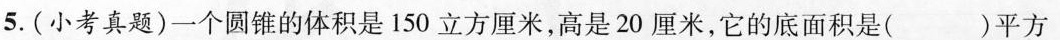
5.(小考真题)一个圆锥的体积是150立方厘米，高是20厘米，它的底面积是()平方